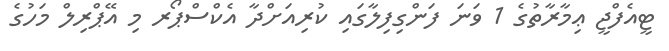
ޓީއެފްޖީ ޢިމާރާތުގެ 1 ވަނަ ފަންގިފިލާގައި ކުރިއަށްދާ އެކްސްޕޯރ މި އޭޕްރިލް މަހުގެ